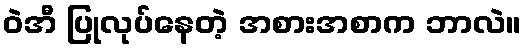
ဝဲအီ ပြုလုပ်နေတဲ့ အစားအစာက ဘာလဲ။